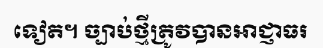
ទៀត។ ច្បាប់ថ្មីត្រូវបានអាជ្ញាធរ